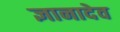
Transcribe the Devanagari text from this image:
ज्ञानादेव